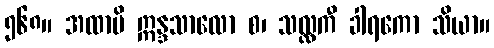
၅၆၈။ အထာပိ ဣန္ဒသာလော စ၊ သလ္လကီ ခါရကော သိယာ။